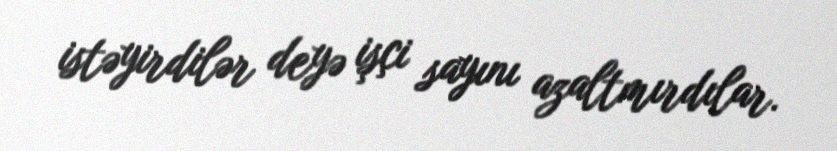
istəyirdilər deyə işçi sayını azaltmırdılar.